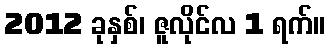
2012 ခုနှစ်၊ ဇူလိုင်လ 1 ရက်။